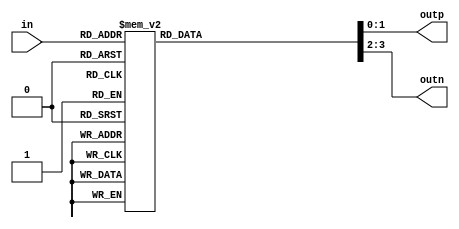
//Verilog HDL for "BioZ_EMG_Model", "BioZ_AFE_DTBPSDM_4-2_Encoder" "functional"


module BioZ_AFE_DTBPSDM_4to2_Encoder  (in, outp, outn);

input [2:0] in;
output reg [1:0] outp;
output reg [1:0] outn;

always@(in) begin
	case(in)
		//0001
		3'b000:begin
			outp = 2'b00;
			outn = 2'b11;
		end
		//001x
		3'b001:begin
			outp = 2'b01;
			outn = 2'b10;
		end
		//01xx
		3'b010:begin
			outp = 2'b10;
			outn = 2'b01;
		end
		3'b011:begin
			outp = 2'b10;
			outn = 2'b01;
		end
		//1xxx
		3'b100:begin
			outp = 2'b11;
			outn = 2'b00;
		end
		3'b101:begin
			outp = 2'b11;
			outn = 2'b00;
		end
		3'b110:begin
			outp = 2'b11;
			outn = 2'b00;
		end
		3'b111:begin
			outp = 2'b11;
			outn = 2'b00;
		end
		default:$display("Error!");
	endcase
end

endmodule